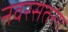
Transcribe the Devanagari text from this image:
नवरसतरंग